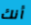
أنك